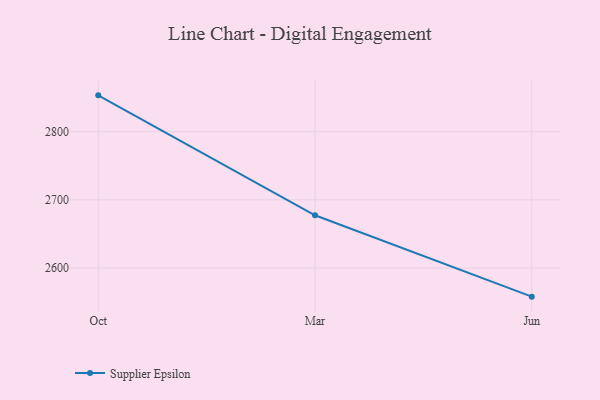
{"axis": {"x": "Month", "y": "Population (Million)"}, "legend": ["Supplier Epsilon"], "data": [{"x": "Oct", "y": 2853.3, "type": "Supplier Epsilon"}, {"x": "Mar", "y": 2677.4, "type": "Supplier Epsilon"}, {"x": "Jun", "y": 2558.1, "type": "Supplier Epsilon"}]}